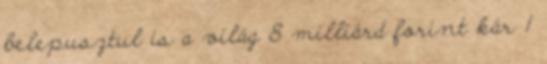
belepusztul is a világ 8 milliárd forint kár 1